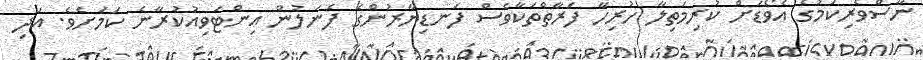
ނޫސްވެރިކަމުގެ އެވޯޑަށް ކުރިމަތިލާ ހުރިހާ ފަރާތްތަކާވެސް ފަނޑިޔާރުންގެ ޕެނަލުން އިންޓަވިއުކުރާނެ ކަމަށެވެ. އަދި